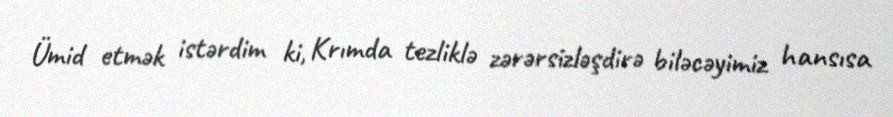
Ümid etmək istərdim ki, Krımda tezliklə zərərsizləşdirə biləcəyimiz hansısa